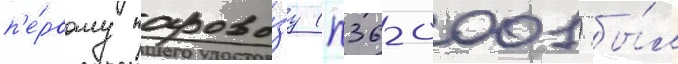
п'е́рвому парово́зу (п36-0001) бы́л